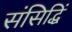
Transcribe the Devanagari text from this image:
संसिद्धिं